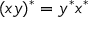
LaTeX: ( x y ) ^ { * } = y ^ { * } x ^ { * }